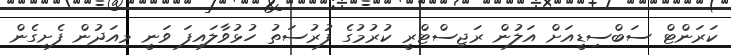
ކަރަންޓް ސަބްސިޑީއަށް އަލުން ރަޖިސްޓްރީ ކުރުމުގެ ފުރުސަތު ހުޅުވާލައިފަ ވަނީ މިއަދުން ފެށިގެން